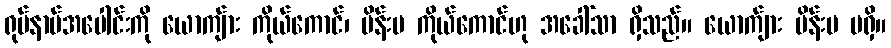
ရုပ်နာမ်အပေါင်းကို ယောကျ်ား ကိုယ်ကောင်၊ မိန်းမ ကိုယ်ကောင်ဟု အခေါ်သာ ရှိသည်။ ယောက်ျား မိန်းမ မရှိ။